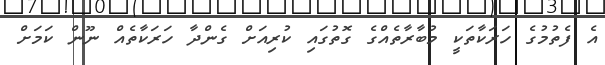
އެ ފެތުމުގެ ހަރަކާތަކީ މުބާރާތެއްގެ ގޮތުގައި ކުރިއަށް ގެންދާ ހަރަކާތެއް ނޫން ކަމަށް